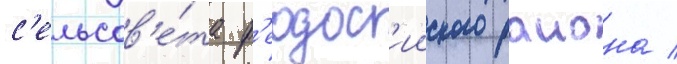
с'ельсов'е́та ф'еодос'ииского раиона /